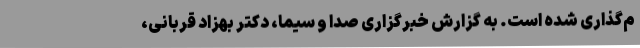
م‌گذاری شده است. به گزارش خبرگزاری صدا و سیما، دکتر بهزاد قربانی،